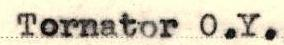
Tornator O.Y.